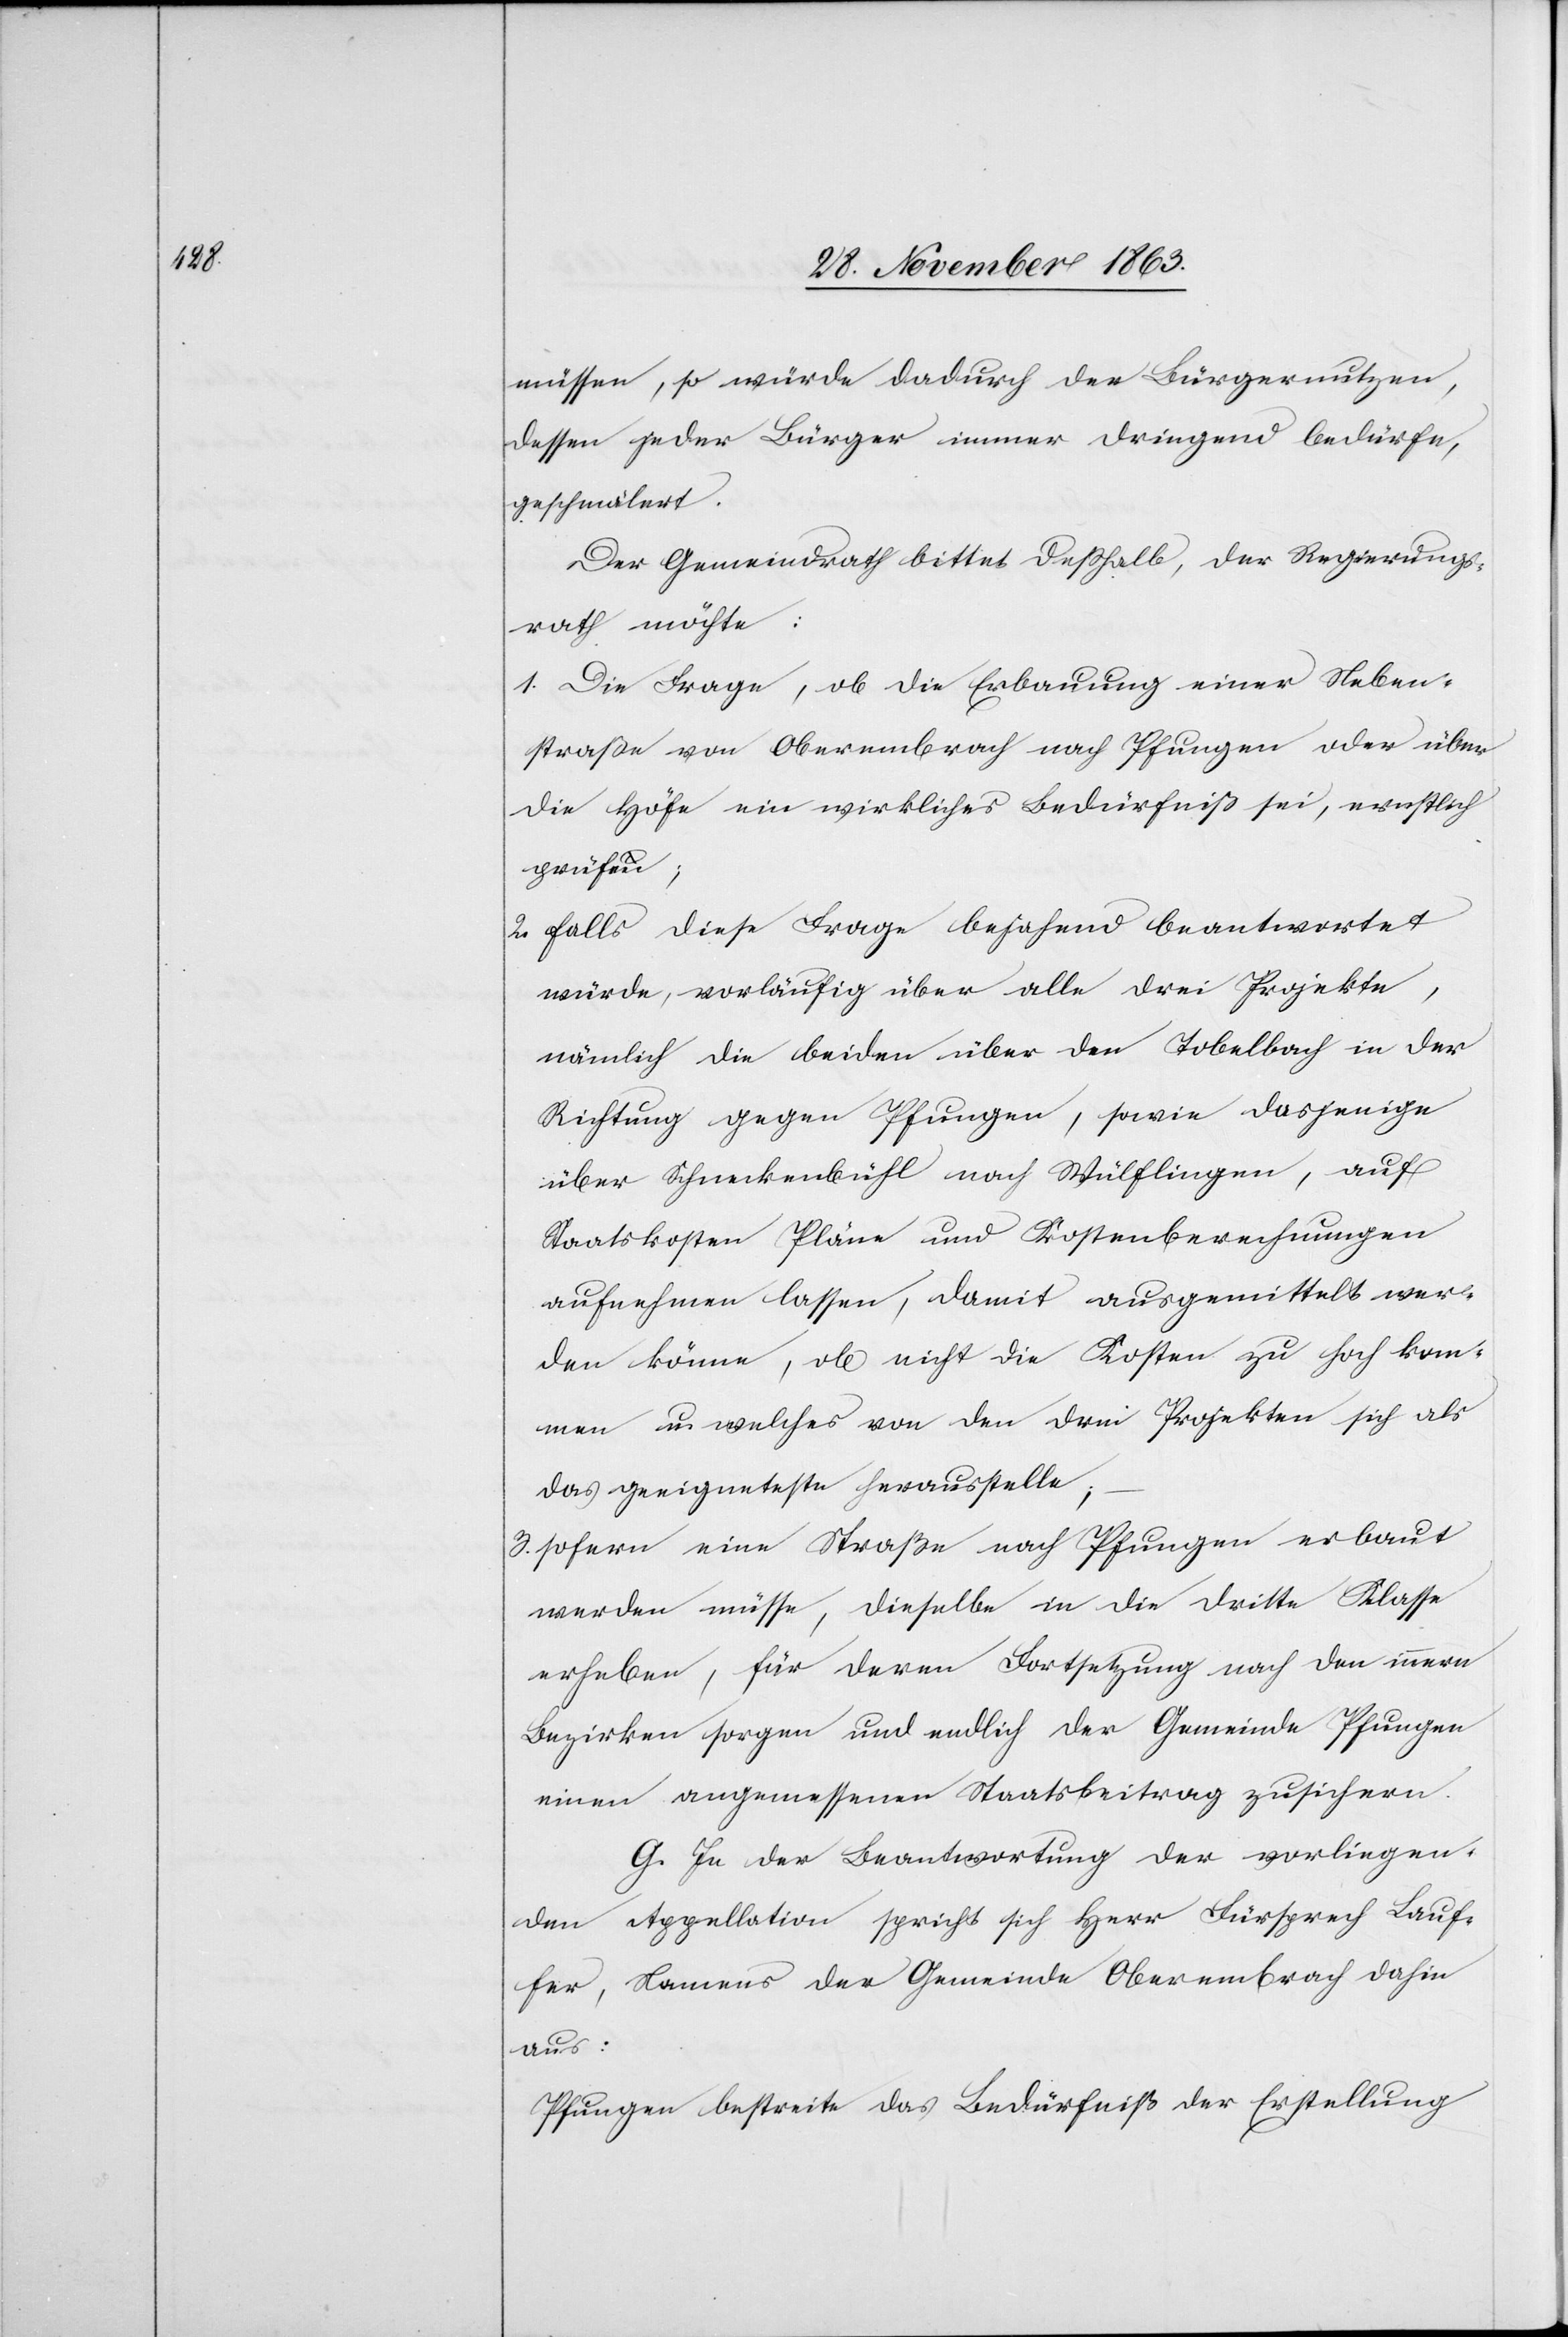
müssen, so würde dadurch der Bürgernutzen,
dessen jeder Bürger immer dringend bedürfe,
geschmälert.
Der Gemeindrath bittet desshalb, der Regierungs¬
rath möchte:
1. Die Frage, ob die Erbauung einer Neben¬
straße von Oberembrach nach Pfungen oder über
die Höfe ein wirkliches Bedürfniß sei, ernstlich
prüfen;
2. Falls diese Frage bejahend beantwortet
würde, vorläufig über alle drei Projekte,
nämlich die beiden über den Tobelbach in der
Richtung gegen Pfungen, sowie dasjenige
über Schneckenbühl nach Wülflingen, auf
Staatskosten Pläne und Kostenberechnungen
aufnehmen lassen, damit ausgemittelt wer¬
den könne, ob nicht die Kosten zu hoch kom¬
men u. welches von den drei Projekten sich als
das geeigneteste herausstelle;
3. sofern eine Straße nach Pfungen erbaut
werden müsse, dieselbe in die dritte Klasse
erheben, für deren Fortsetzung nach den innern
Bezirken sorgen und endlich der Gemeinde Pfungen
einen angemessenen Staatsbeitrag zusichern.
G. In der Beantwortung der vorliegen¬
den Appellation spricht sich Herr Fürsprech Lauf¬
fer, Namens der Gemeinde Oberembrach dahin
aus:
Pfungen bestreite das Bedürfniß der Erstellung